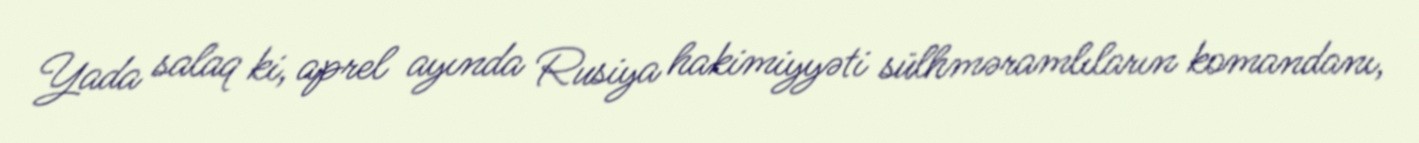
Yada salaq ki, aprel ayında Rusiya hakimiyyəti sülhməramlıların komandanı,